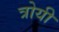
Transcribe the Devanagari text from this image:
त्रोयी